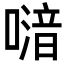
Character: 𠽪